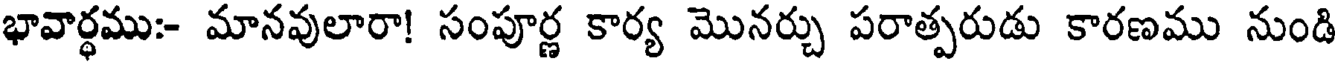
భావార్థము:- మానవులారా! సంపూర్ణ కార్య మొనర్చు పరాత్పరుడు కారణము నుండి